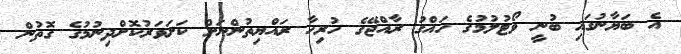
އެ ބަޔާނުގައި ބުނީ ވޯޓުލުމުގެ ހައްގު ރާއްޖޭގެ ހުރިހާ ރައްޔިތުންނަށް ކަށަވަރުކޮށްދިނުމުގެ ގޮތުން